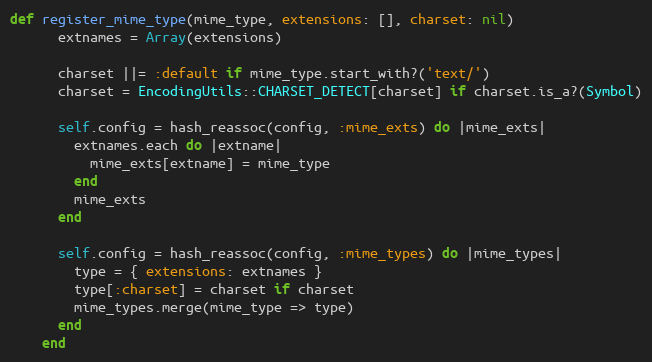
Language: Ruby
def register_mime_type(mime_type, extensions: [], charset: nil)
      extnames = Array(extensions)

      charset ||= :default if mime_type.start_with?('text/')
      charset = EncodingUtils::CHARSET_DETECT[charset] if charset.is_a?(Symbol)

      self.config = hash_reassoc(config, :mime_exts) do |mime_exts|
        extnames.each do |extname|
          mime_exts[extname] = mime_type
        end
        mime_exts
      end

      self.config = hash_reassoc(config, :mime_types) do |mime_types|
        type = { extensions: extnames }
        type[:charset] = charset if charset
        mime_types.merge(mime_type => type)
      end
    end